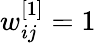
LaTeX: w_{ij}^{\left[1\right]}=1